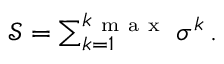
\begin{array} { r } { \mathcal { S } = \sum _ { k = 1 } ^ { k _ { \mathrm { ~ m ~ a ~ x ~ } } } \sigma ^ { k } \, . } \end{array}